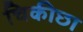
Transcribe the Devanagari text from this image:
चिकीछा